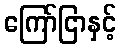
ကြော်ငြာနှင့်